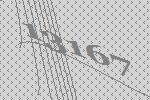
13167